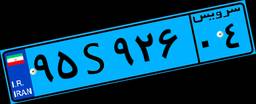
۲۴S۰۹۹۲۸